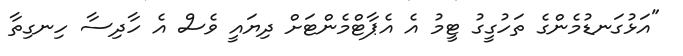
"އަޅުގަނޑުމެންގެ ތަހުގީގު ޓީމު އެ އެޕާޓްމެންޓަށް ދިޔައީ ވެސް އެ ހާދިސާ ހިނގިތާ